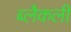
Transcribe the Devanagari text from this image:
ब्लैकली